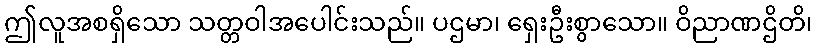
ဤလူအစရှိသော သတ္တဝါအပေါင်းသည်။ ပဌမာ၊ ရှေးဦးစွာသော။ ဝိညာဏဌိတိ၊